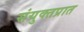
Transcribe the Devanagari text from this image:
संयुक्तप्रात